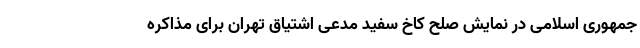
جمهوری اسلامی در نمایش صلح کاخ سفید مدعی اشتیاق تهران برای مذاکره